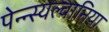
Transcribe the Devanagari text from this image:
पेन्न्स्यल्वानिया